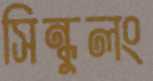
সিন্ধুলং